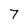
Character: 7